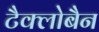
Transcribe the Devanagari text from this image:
टैक्लोबैन